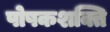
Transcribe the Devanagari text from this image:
पोषकशक्ति